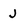
Character: J